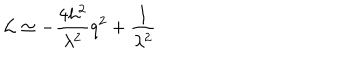
{ \cal L } \simeq - \frac { 4 h ^ { 2 } } { \lambda ^ { 2 } } q ^ { 2 } + \frac { 1 } { \lambda ^ { 2 } }